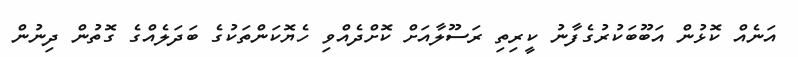
އަނެއް ކޮޅުން އަބޫބަކުރުގެފާނު ކީރިތި ރަސޫލާއަށް ކޮށްދެއްވި ހެޔޮކަންތަކުގެ ބަދަލެއްގެ ގޮތުން ދިނުން